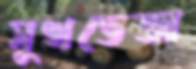
সুখভেজা